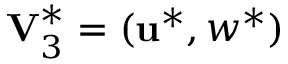
\mathbf { V } _ { 3 } ^ { * } = ( \mathbf { u } ^ { * } , w ^ { * } )